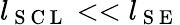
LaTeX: l_{\mathrm{~S~C~L~}}<<l_{\mathrm{~S~E~}}